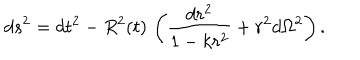
LaTeX: d s ^ { 2 } = d t ^ { 2 } - R ^ { 2 } ( t ) \, \left( \frac { d r ^ { 2 } } { 1 - k r ^ { 2 } } + r ^ { 2 } d \Omega ^ { 2 } \right) .